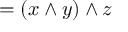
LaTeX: = ( x \wedge y ) \wedge z